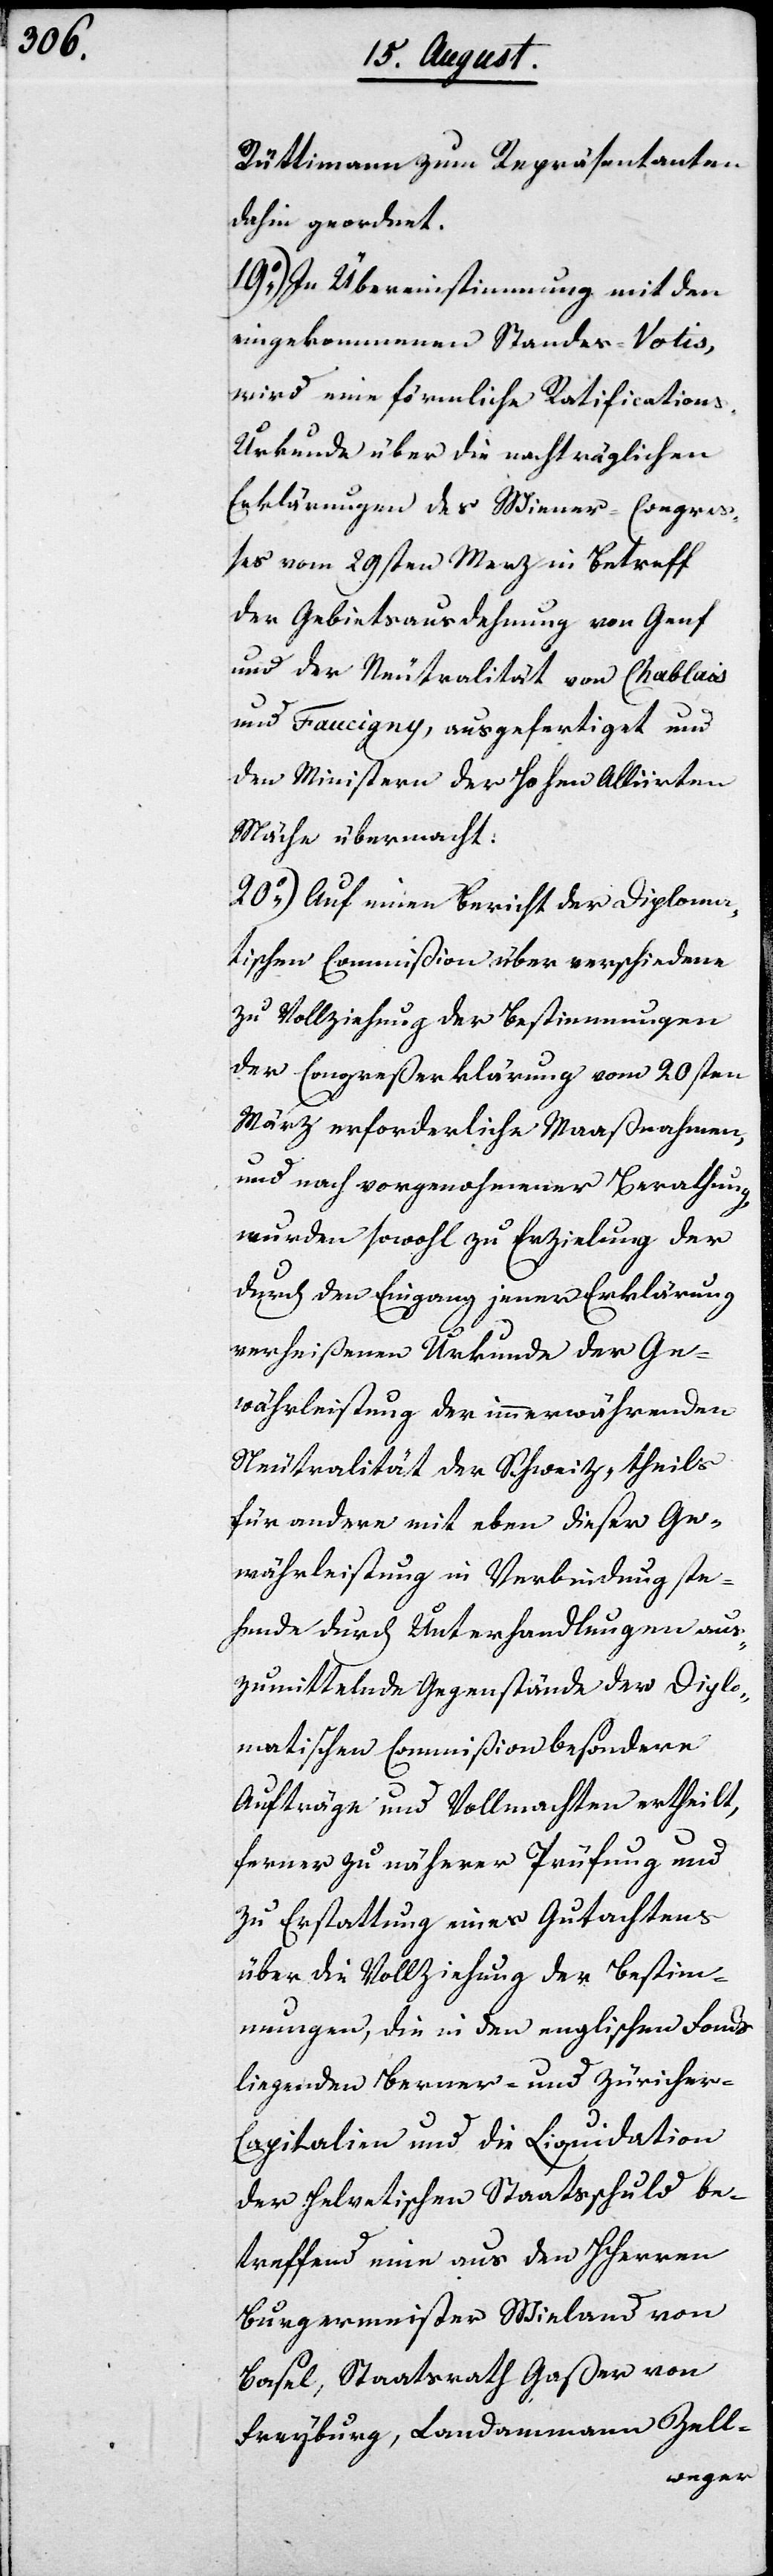
Rüttimann zum Repräsentanten
dahin geordnet.
19.) In Übereinstimmung mit den
eingekommenen Standes-Votis,
wird eine förmliche Ratifications-U¬
rkunde über die nachträglichen
Erklärungen des Wiener-Congre¬
ßes vom 29sten Merz in Betreff
der Gebietsausdehnung von Genf
und der Neutralität von Chablais
und Faucigny, ausgefertiget und
den Ministern der Hohen Alliirten
Mächte übermacht.
20.) Auf einen Bericht der Diploma¬
tischen Commißion über verschiedene
zu Vollziehung der Bestimmungen
der Congreßerklärung vom 20sten
März erforderliche Maasnahmen,
und nach vorgenohmener Berathung
wurden sowohl zu Erzielung der
durch den Eingang jener Erklärung
verheißenen Urkunde der Ge¬
währleistung der immerwährenden
Neutralität der Schweiz, theils
für andere mit eben dieser Ge¬
währleistung in Verbindung ste¬
hende durch Unterhandlung aus¬
zumittelnde Gegenstände der Diplo¬
matischen Commißion besondere
Aufträge und Vollmachten ertheilt,
ferner zu näherer Prüfung und
zu Erstattung eines Gutachtens
über die Vollziehung der Bestimm¬
ungen, die in den englischen Fonds
liegenden Berner- und Züricher-C¬
apitalien und die Liquidation
der Helvetischen Staatsschuld be¬
treffend eine aus den HHerren
Burgermeister Wieland von
Basel, Staatsrath Gaßer von
Freyburg, Landamman Zell-